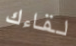
لقاءك